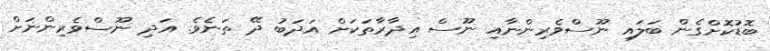
ބޮޑުކޮށްގެން ބަލައި ނޫސްވެރިންނާއި ނޫސް އިދާރާތަކަށް އަދަބު ދޭ ތަނެވެ. އަދި ނޫސްވެރިންނަށް